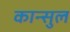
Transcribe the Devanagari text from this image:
कान्सुल